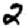
Digit: 2